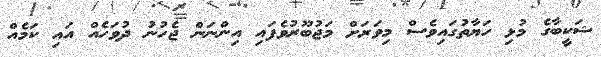
ޝަކީބާގެ މުޅި ހަޔާތުގައިވެސް މިވަރަށް މަޖުބޫރުވެފައި އިންނަން ޖެހުނު ދުވަހެއް އައި ކަމެއް